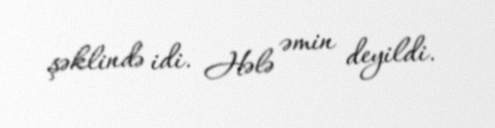
şəklində idi. Hələ əmin deyildi.